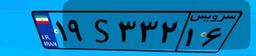
۳۱S۴۵۲۳۳